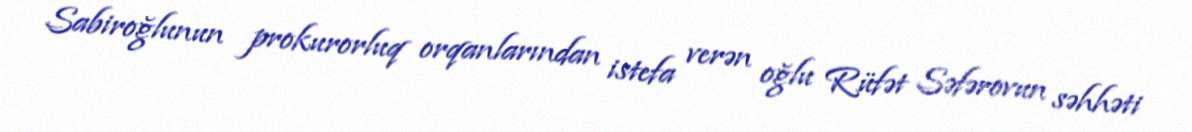
Sabiroğlunun prokurorluq orqanlarından istefa verən oğlu Rüfət Səfərovun səhhəti